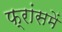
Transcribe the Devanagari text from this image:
फ्रांसमें